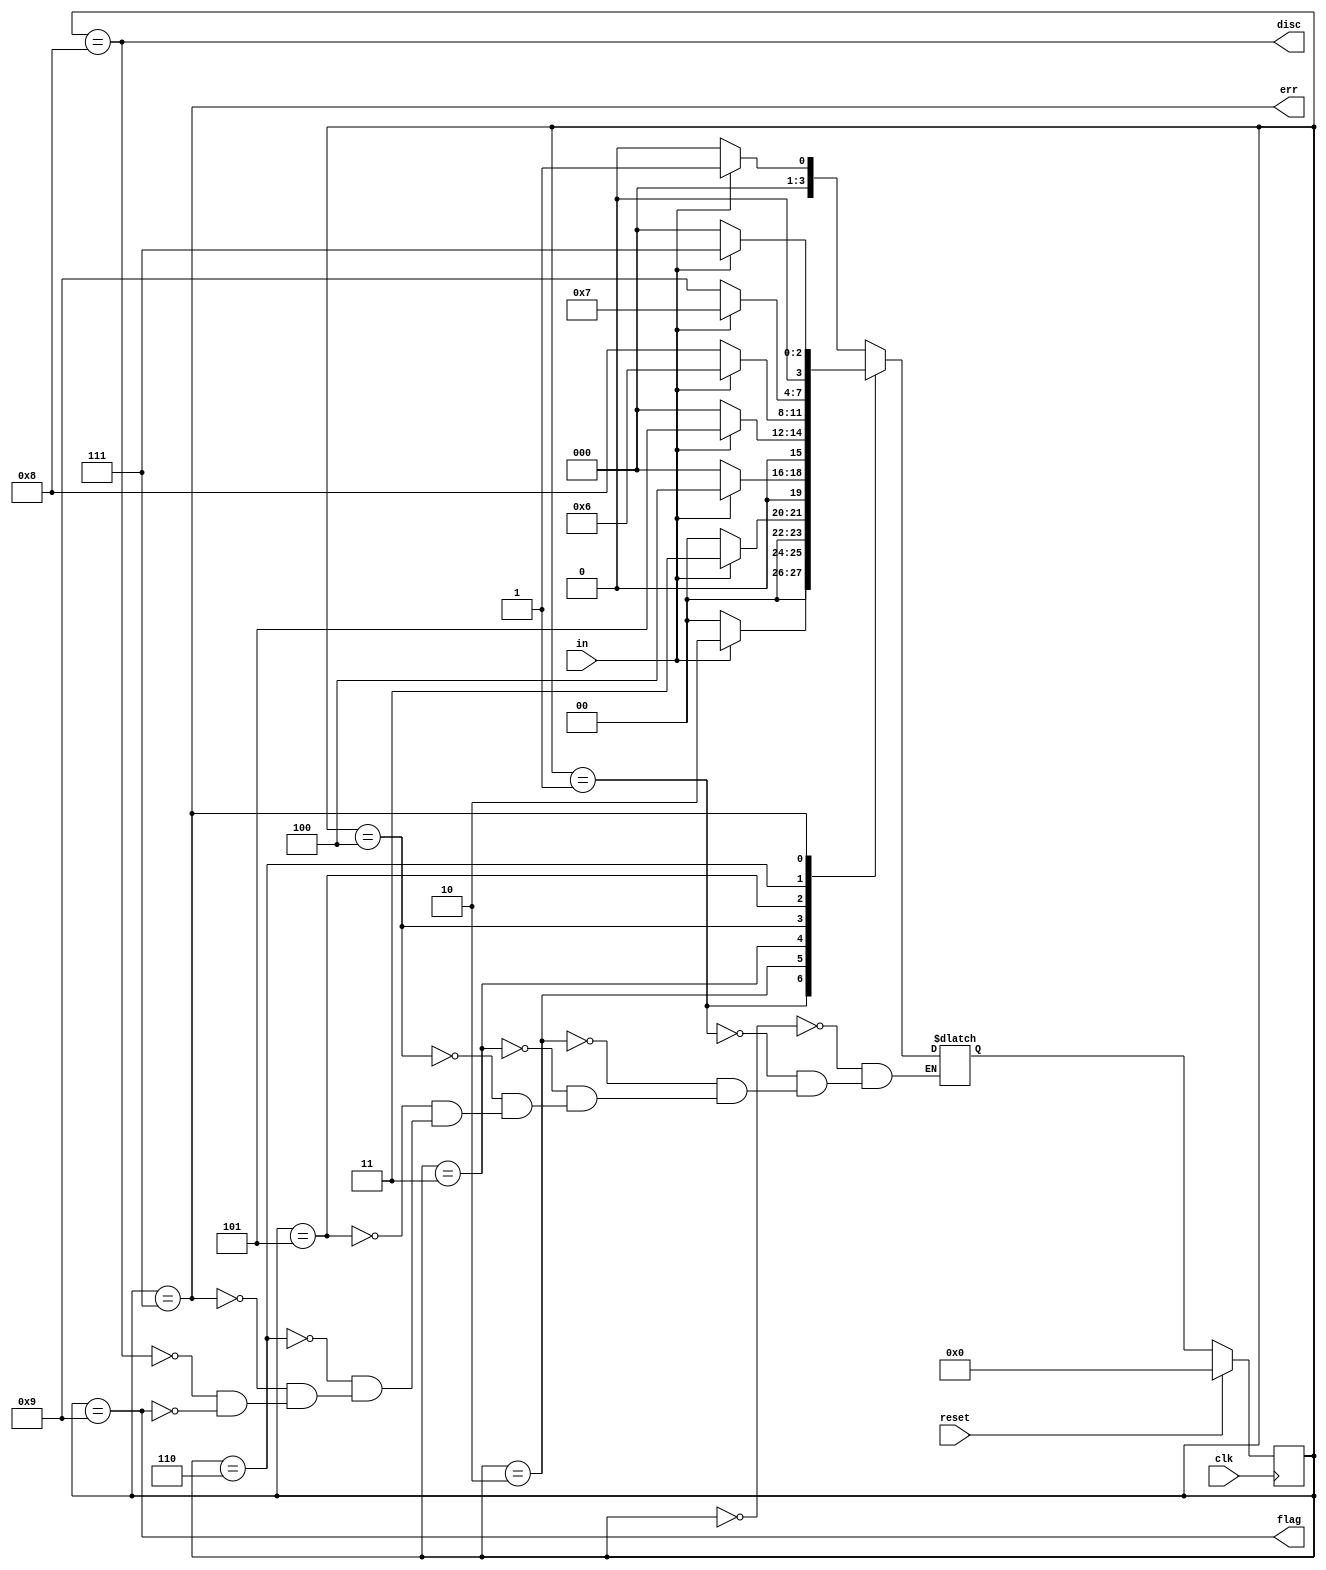
module top_module(
    input clk,
    input reset,    // Synchronous reset
    input in,
    output disc,
    output flag,
    output err);

    parameter s0=0, s1=1, s2=2, s3=3, s4=4, s5=5, s6=6, se=7, sd=8, sf=9;
    wire[3:0] state, next;
    
    // state transition logic
    always@(*)begin
        case(state)
            s0: next = in? s1:s0;
            s1: next = in? s2:s0;
            s2: next = in? s3:s0;
            s3: next = in? s4:s0;
            s4: next = in? s5:s0;
            s5: next = in? s6:sd;
            s6: next = in? se:sf;
            se: next = in? se:s0;
            sd: next = in? s1:s0;
            sf: next = in? s1:s0;
        endcase
    end
    
    // flip-flop and reset
    always@(posedge clk)begin
        if(reset)
            state <= s0;
        else
            state <= next;
    end
    
    // output
    assign disc = (state == sd);
    assign flag = (state == sf);
    assign err = (state == se);
            
endmodule